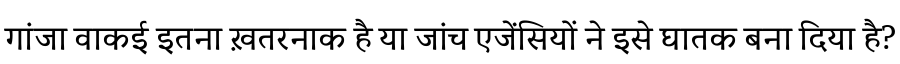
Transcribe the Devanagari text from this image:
गांजा वाकई इतना ख़तरनाक है या जांच एजेंसियों ने इसे घातक बना दिया है?